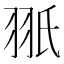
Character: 𦐊